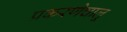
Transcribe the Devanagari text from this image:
प्रकरणेचालू